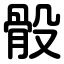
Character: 骰